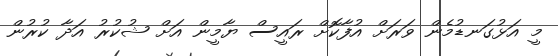
މީ އަޅުގަނޑުމެން ވަރަށް އުފާކޮށް ރައީސް ޔާމީން އަށް ޝުކުރު އަދާ ކުރުން